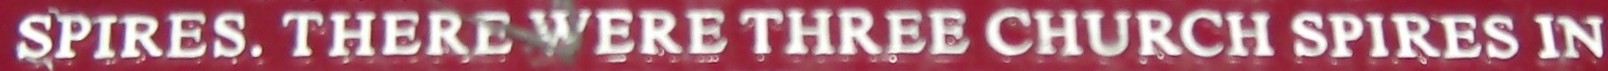
SPIRES. THERE WERE THREE CHURCH SPIRES IN